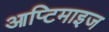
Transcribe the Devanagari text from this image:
आप्टिमाइज